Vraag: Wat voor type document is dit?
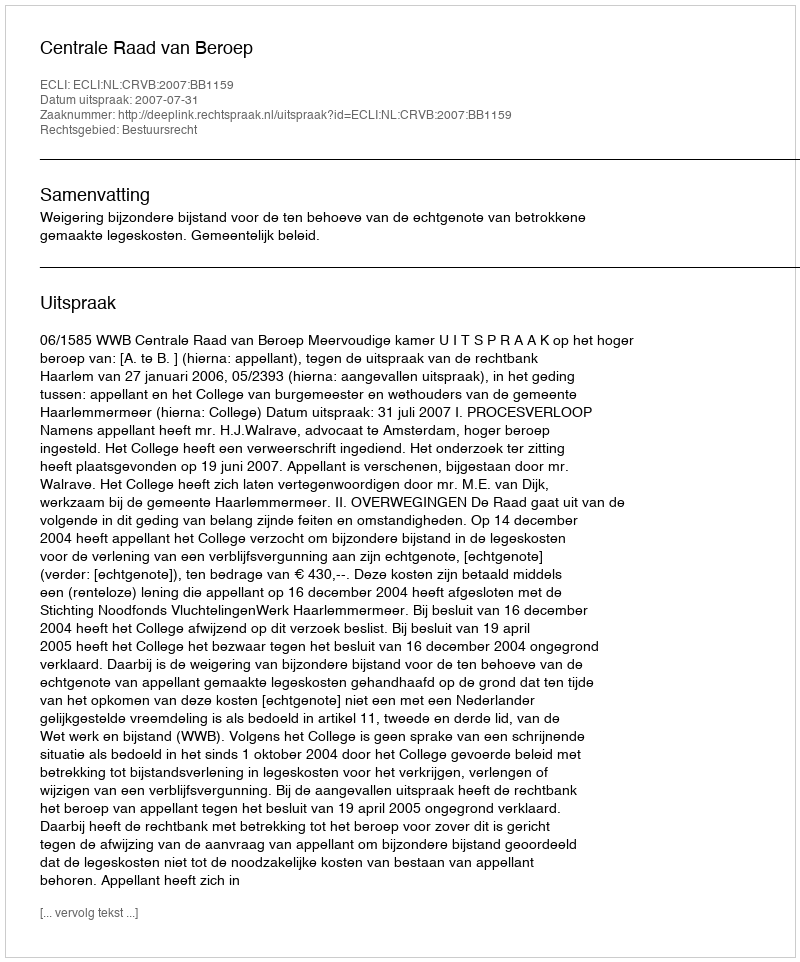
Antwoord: Uitspraak